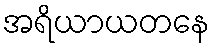
အရိယာယတနေ